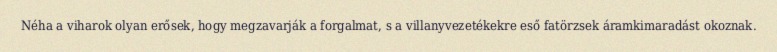
Néha a viharok olyan erősek, hogy megzavarják a forgalmat, s a villanyvezetékekre eső fatörzsek áramkimaradást okoznak.